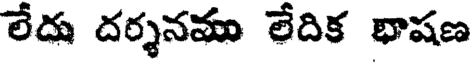
లేదు దర్శనము లేదిక భాషణ